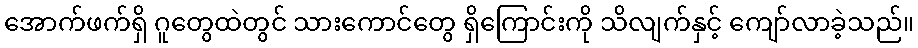
အောက်ဖက်ရှိ ဂူတွေထဲတွင် သားကောင်တွေ ရှိကြောင်းကို သိလျက်နှင့် ကျော်လာခဲ့သည်။